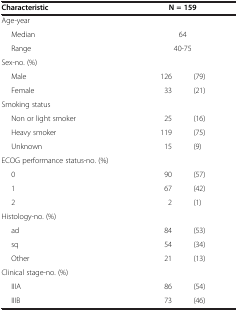
<table><thead><tr><td><b>Characteristic</b></td><td colspan="2"><b>N = 159</b></td></tr></thead><tbody><tr><td>Age-year</td><td>[EMPTY_CELL]</td><td>[EMPTY_CELL]</td></tr><tr><td>Median</td><td colspan="2">64</td></tr><tr><td>Range</td><td colspan="2">40-75</td></tr><tr><td>Sex-no. (%)</td><td>[EMPTY_CELL]</td><td>[EMPTY_CELL]</td></tr><tr><td>Male</td><td>126</td><td>(79)</td></tr><tr><td>Female</td><td>33</td><td>(21)</td></tr><tr><td>Smoking status</td><td>[EMPTY_CELL]</td><td>[EMPTY_CELL]</td></tr><tr><td>Non or light smoker</td><td>25</td><td>(16)</td></tr><tr><td>Heavy smoker</td><td>119</td><td>(75)</td></tr><tr><td>Unknown</td><td>15</td><td>(9)</td></tr><tr><td>ECOG performance status-no. (%)</td><td>[EMPTY_CELL]</td><td>[EMPTY_CELL]</td></tr><tr><td>0</td><td>90</td><td>(57)</td></tr><tr><td>1</td><td>67</td><td>(42)</td></tr><tr><td>2</td><td>2</td><td>(1)</td></tr><tr><td>Histology-no. (%)</td><td>[EMPTY_CELL]</td><td>[EMPTY_CELL]</td></tr><tr><td>ad</td><td>84</td><td>(53)</td></tr><tr><td>sq</td><td>54</td><td>(34)</td></tr><tr><td>Other</td><td>21</td><td>(13)</td></tr><tr><td>Clinical stage-no. (%)</td><td>[EMPTY_CELL]</td><td>[EMPTY_CELL]</td></tr><tr><td>IIIA</td><td>86</td><td>(54)</td></tr><tr><td>IIIB</td><td>73</td><td>(46)</td></tr></tbody></table>